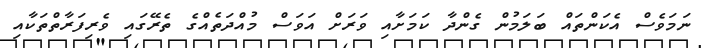
ނަމަވެސް އެކަންތައް ބަލަމުން ގެންދާ ކަމަށާއި ވަރަށް އަވަސް މުއްދަތެއްގެ ތެރޭގައި ވެރިފަރާތްތަކާއި